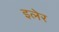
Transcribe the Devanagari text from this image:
इलेर